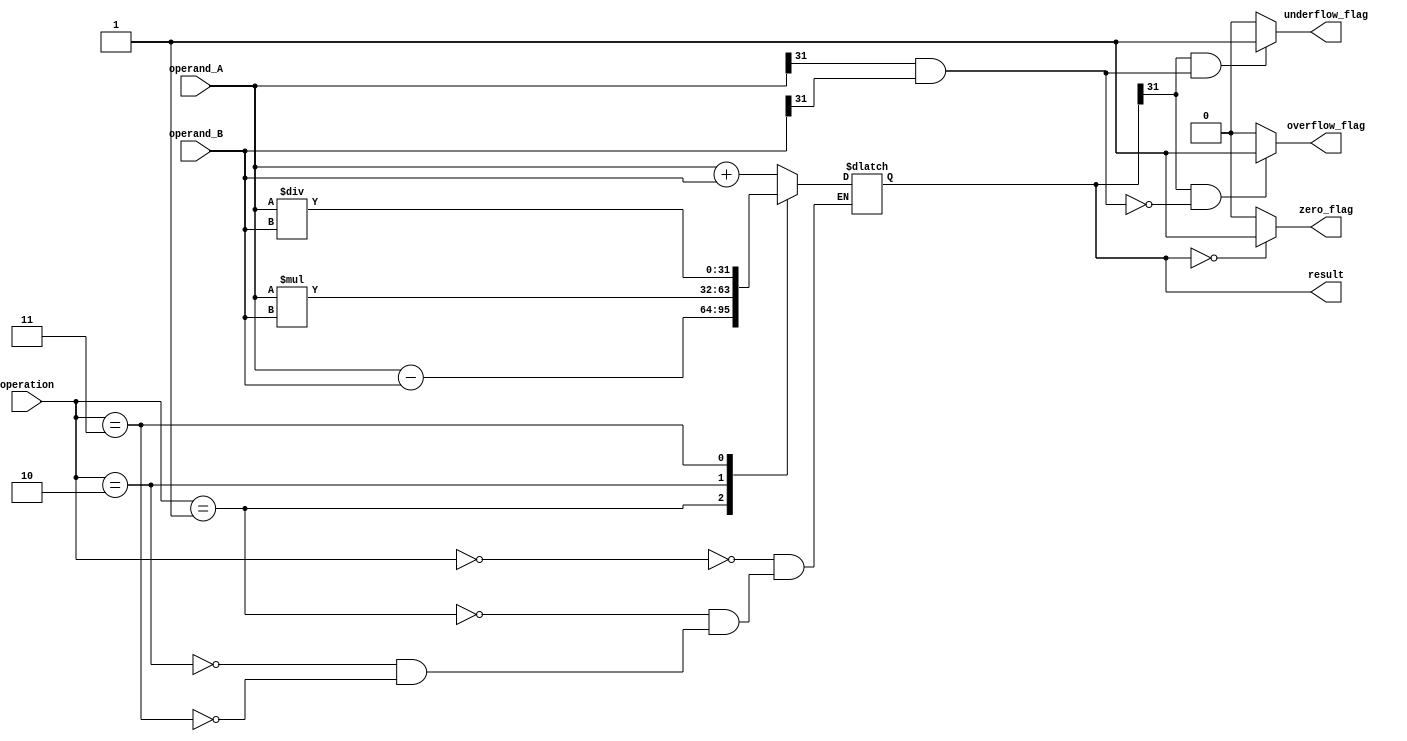
module floating_point_unit (
    input wire [31:0] operand_A,
    input wire [31:0] operand_B,
    input wire [2:0] operation, // 0 for addition, 1 for subtraction, 2 for multiplication, 3 for division
    output reg [31:0] result,
    output reg zero_flag,
    output reg overflow_flag,
    output reg underflow_flag
);

reg [31:0] temp_result;

always @(*)
begin
    case(operation)
        0: temp_result = operand_A + operand_B; // addition
        1: temp_result = operand_A - operand_B; // subtraction
        2: temp_result = operand_A * operand_B; // multiplication
        3: temp_result = operand_A / operand_B; // division
        // add more operations as needed
    endcase
end

always @(*)
begin
    result = temp_result;
    
    // checking for zero flag
    if(temp_result == 32'h00000000)
        zero_flag = 1;
    else
        zero_flag = 0;
    
    // checking for overflow flag
    if(temp_result[31] && !(operand_A[31] && operand_B[31]))
        overflow_flag = 1;
    else
        overflow_flag = 0;
    
    // checking for underflow flag
    if(temp_result[31] && (operand_A[31] && operand_B[31]))
        underflow_flag = 1;
    else
        underflow_flag = 0;
end

endmodule